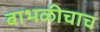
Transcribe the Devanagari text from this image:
बाभळीचाच